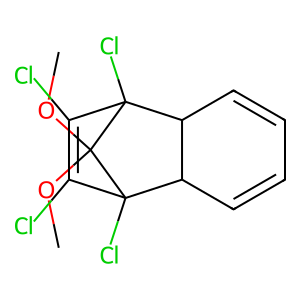
SMILES: COC1(OC)C2(Cl)C(Cl)=C(Cl)C1(Cl)C1C=CC=CC12
Inhibits HIV replication: No